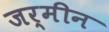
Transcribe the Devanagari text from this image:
जर्मीन